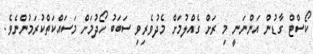
ކޯސްޓް ގާޑުން އަންނަނީ މި ރަށް ގެއްލުމަށް މެދުވެރިވި ސަބަބު ހޯދުމަށް މަސައްކަތްކުރަމުންނެވެ.